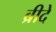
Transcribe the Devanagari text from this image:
ब्रीदे